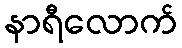
နာရီလောက်